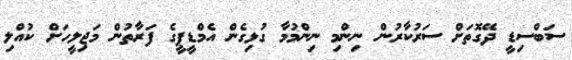
ސަބްސިޑީ ދޭގޮތަށް ސަރުކާރުން ނިންމި ނިންމުމާ ގުޅިގެން އެމްޑީޕީގެ ފަރާތުން މަޖިލީހަށް ކުއްލި